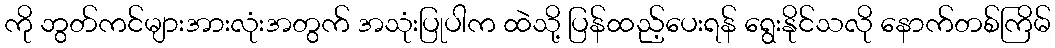
ကို ဘွတ်ကင်များအားလုံးအတွက် အသုံးပြုပါက ထဲသို့ ပြန်ထည့်ပေးရန် ရွေးနိုင်သလို နောက်တစ်ကြိမ်